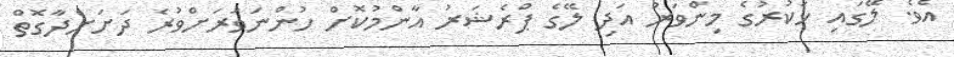
އެވެ. ލޭގައި ހަކުރުގެ މިންވަރު އަދި ލޭގެ ޕްރެޝަރު އާންމުކޮށް ހުންނަވަރަށްވުރެ ދަށަށްދާގޮތް